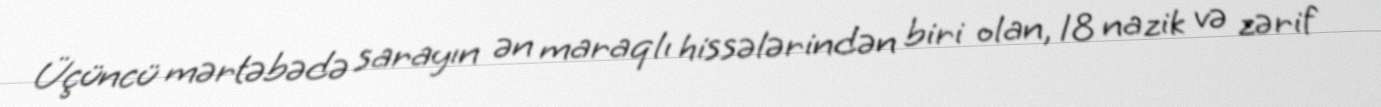
Üçüncü mərtəbədə sarayın ən maraqlı hissələrindən biri olan, 18 nazik və zərif